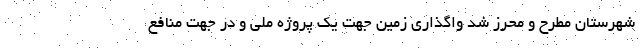
شهرستان مطرح و محرز شد واگذاری زمین جهت یک پروژه ملی و در جهت منافع